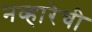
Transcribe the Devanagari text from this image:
नव्हारेची